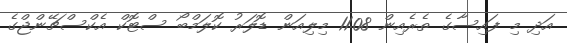
އަދި މި ފައިސާގެ ތެރެއިން 11.08 މިލިއަން ޑޮލަރު ކޮލަމްބޯ ސްޓޮކް އެކްސްޗޭންޖްގެ